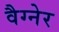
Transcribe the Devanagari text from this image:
वैग्नेर